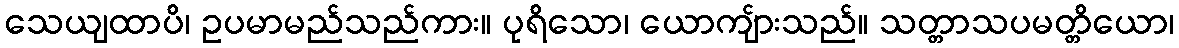
သေယျထာပိ၊ ဥပမာမည်သည်ကား။ ပုရိသော၊ ယောကျ်ားသည်။ သတ္တာသပမတ္တိယော၊